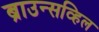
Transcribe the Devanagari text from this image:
ब्राउन्सव्हिल